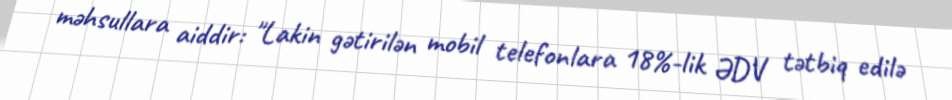
məhsullara aiddir: "Lakin gətirilən mobil telefonlara 18%-lik ƏDV tətbiq edilə